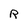
Character: R